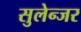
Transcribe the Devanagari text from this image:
सुलेन्जर